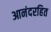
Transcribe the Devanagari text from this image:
आनंदरहित